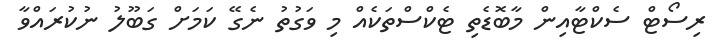
ރިސޯޓް ސެކްޓާއިން މާބޮޑެތި ޓެކްސްތަކެއް މި ވަގުތު ނެގޭ ކަމަށް ގަބޫލު ނުކުރައްވާ